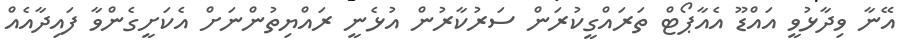
އޭނާ ވިދާޅުވީ އައްޑޫ އެއާޕޯޓް ތަރައްގީކުރަން ސަރުކާރުން އުޅެނީ ރައްޔިތުންނަށް އެކަށީގެންވާ ފައިދާއެއް